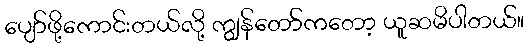
ပျော်ဖို့ကောင်းတယ်လို့ ကျွန်တော်ကတော့ ယူဆမိပါတယ်။